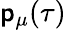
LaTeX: \mathsf{p}_{\mu}(\tau)